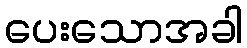
ပေးသောအခါ